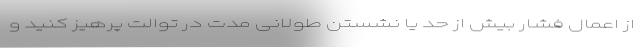
از اعمال فشار بیش از حد یا نشستن طولانی مدت در توالت پرهیز کنید و